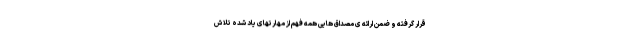
قرار گرفته و ضمن ارائه ی مصداق هایی همه فهم از مهارتهای یاد شده تلاش